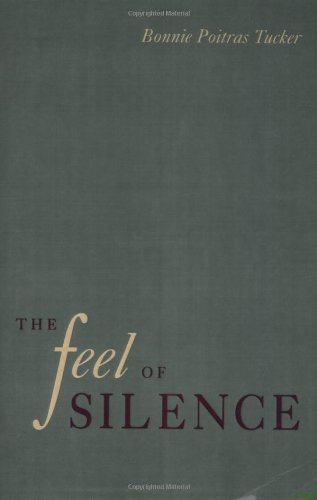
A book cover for The Feel of Silence (Health, Society, and Policy); Bonnie Tucker; Law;